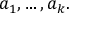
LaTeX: a _ { 1 } , \ldots , a _ { k } .